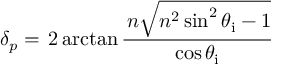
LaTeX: \delta _ { p } = \, 2 \arctan { \frac { \, n { \sqrt { n ^ { 2 } \sin ^ { 2 } \theta _ { \mathrm { i } } - 1 } } } { \cos \theta _ { \mathrm { i } } } }